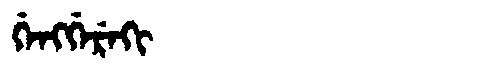
Manchu: ᡤᡝᠩᡤᡝᡵᡝᡴᡳ
Romanization: GENGGEREKI